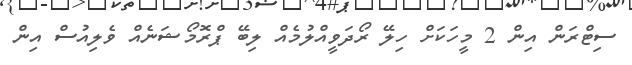
ސިޓްރަން އިން 2 މީހަކަށް ހިލޭ ރޯދަވީއްލުމެއް ލިބޭ ޕްރޮމޯޝަނެއް ވެލިއުސް އިން